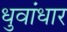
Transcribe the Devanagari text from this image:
धुवांधार